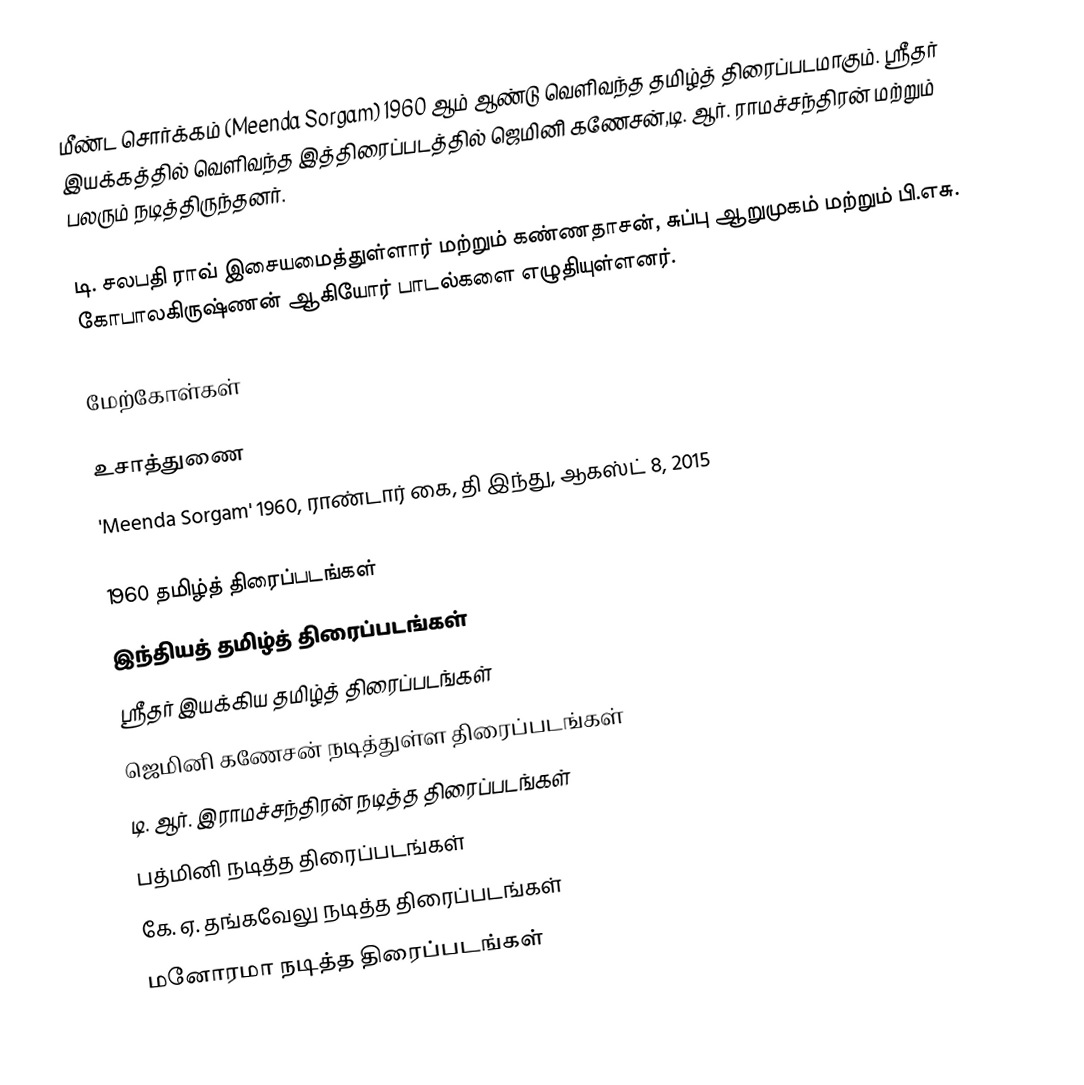
மீண்ட சொர்க்கம் (Meenda Sorgam) 1960 ஆம் ஆண்டு வெளிவந்த தமிழ்த் திரைப்படமாகும். ஸ்ரீதர் இயக்கத்தில் வெளிவந்த இத்திரைப்படத்தில் ஜெமினி கணேசன்,டி. ஆர். ராமச்சந்திரன் மற்றும் பலரும் நடித்திருந்தனர்.

டி. சலபதி ராவ் இசையமைத்துள்ளார் மற்றும் கண்ணதாசன், சுப்பு ஆறுமுகம் மற்றும் பி.எசு. கோபாலகிருஷ்ணன் ஆகியோர் பாடல்களை எழுதியுள்ளனர்.

மேற்கோள்கள்

உசாத்துணை
'Meenda Sorgam' 1960, ராண்டார் கை, தி இந்து, ஆகஸ்ட் 8, 2015

1960 தமிழ்த் திரைப்படங்கள்
இந்தியத் தமிழ்த் திரைப்படங்கள்
ஸ்ரீதர் இயக்கிய தமிழ்த் திரைப்படங்கள்
ஜெமினி கணேசன் நடித்துள்ள திரைப்படங்கள்
டி. ஆர். இராமச்சந்திரன் நடித்த திரைப்படங்கள்
பத்மினி நடித்த திரைப்படங்கள்
கே. ஏ. தங்கவேலு நடித்த திரைப்படங்கள்
மனோரமா நடித்த திரைப்படங்கள்